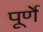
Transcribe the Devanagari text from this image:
पूर्णे